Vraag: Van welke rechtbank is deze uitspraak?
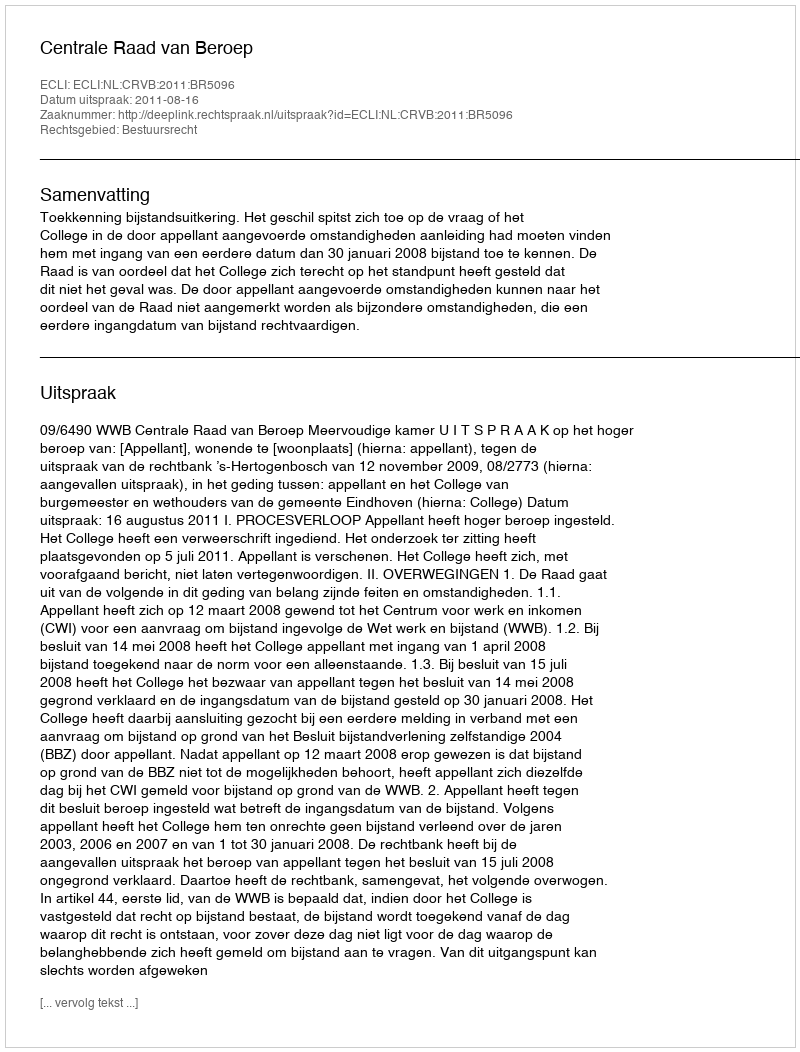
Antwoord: Centrale Raad van Beroep